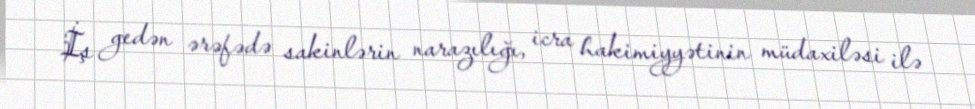
İş gedən ərəfədə sakinlərin narazılığı, icra hakimiyyətinin müdaxiləsi ilə